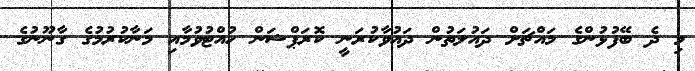
މި ދެ ބޭފުޅުންގެ މައްޗަށް ދައުލަތުން ދައުވާކުރަނީ ކޮރަޕްޝަން ހުއްޓުވުމާއި މަނާކުރުމުގެ ގާނޫނުގެ